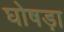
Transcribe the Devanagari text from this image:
घोषड़ा